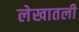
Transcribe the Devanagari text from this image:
लेखातली